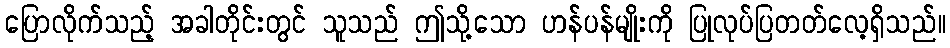
ပြောလိုက်သည့် အခါတိုင်းတွင် သူသည် ဤသို့သော ဟန်ပန်မျိုးကို ပြုလုပ်ပြတတ်လေ့ရှိသည်။